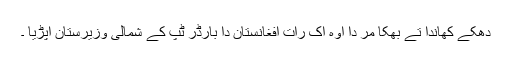
دھکے کھاندا تے بھکا مر دا اوہ اک رات افغانستان دا بارڈر ٹپ کے شمالی وزیرستان اپڑیا ۔